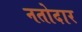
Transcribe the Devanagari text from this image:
नतोदार